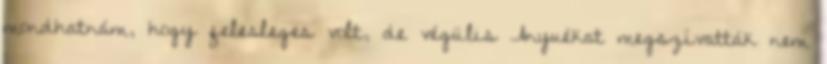
mondhatnám, hogy felesleges volt, de végülis Anyuékat megszívatták nem